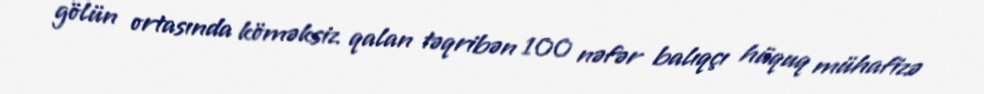
gölün ortasında köməksiz qalan təqribən 100 nəfər balıqçı hüquq mühafizə